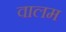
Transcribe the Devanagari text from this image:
वालम